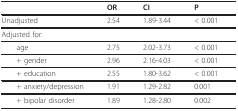
<table><thead><tr><td></td><td><b>OR</b></td><td><b>CI</b></td><td><b>P</b></td></tr></thead><tbody><tr><td>Unadjusted</td><td>2.54</td><td>1.89-3.44</td><td>&lt; 0.001</td></tr><tr><td>Adjusted for:</td><td></td><td></td><td></td></tr><tr><td> age</td><td>2.75</td><td>2.02-3.73</td><td>&lt; 0.001</td></tr><tr><td> + gender</td><td>2.96</td><td>2.16-4.03</td><td>&lt; 0.001</td></tr><tr><td> + education</td><td>2.55</td><td>1.80-3.62</td><td>&lt; 0.001</td></tr><tr><td> + anxiety/depression</td><td>1.91</td><td>1.29-2.82</td><td>0.001</td></tr><tr><td> + bipolar disorder</td><td>1.89</td><td>1.28-2.80</td><td>0.002</td></tr></tbody></table>